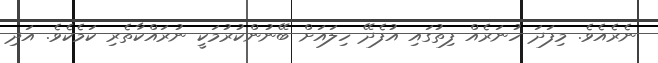
ނެރެއެވެ. މިފަދަ ހުނަރެއް ފިތުގައި އުފެދޭ ހިލައަށް ބޭނުންކުރުމަކީ ނުރައްކާތެރި ކަމެކެވެ. އަދި